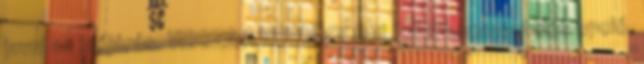
javul az időjárás. VISSZA A KEZDŐOLDALRA A kommentelés opció,